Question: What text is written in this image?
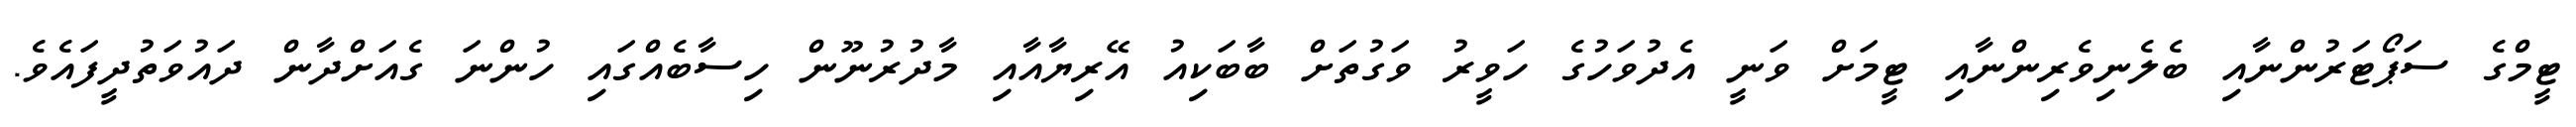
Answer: ޓީމްގެ ސަޕޯޓަރުންނާއި ބެލެނިވެރިންނާއި ޓީމަށް ވަނީ އެދުވަހުގެ ހަވީރު ވަގުތަށް ބާބަކިއު އޭރިޔާއާއި މާދުރުނޫން ހިސާބެއްގައި ހުންނަ ގެއަށްދާން ދައުވަތުދީފައެވެ.